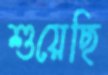
শুয়েছি